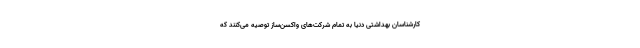
کارشناسان بهداشتی دنیا به تمام شرکت‌های واکسن‌ساز توصیه می‌کنند که